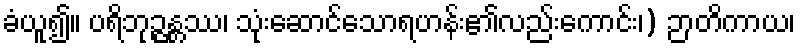
ခံယူ၍။ ပရိဘုဉ္ဇန္တဿ၊ သုံးဆောင်သောရဟန်း၏လည်းကောင်း၊) ဉာတိကာယ၊